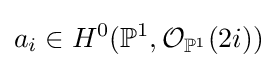
a_{i}\in H^{0}(\mathbb {P} ^{1},{\mathcal {O}}_{\mathbb {P} ^{1}}(2i))